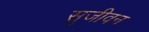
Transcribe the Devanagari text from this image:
सुजीवन